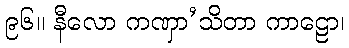
၉၆။ နီလော ကဏှာ’သိတာ ကာဠော၊